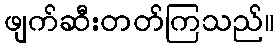
ဖျက်ဆီးတတ်ကြသည်။